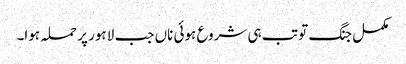
مکمل جنگ تو تب ہی شروع ہوئی ناں جب لاہور پر حملہ ہوا۔